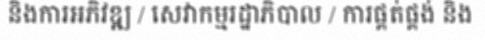
និងការអភិវឌ្ឍ / សេវាកម្មរដ្ឋាភិបាល / ការផ្គត់ផ្គង់ និង